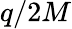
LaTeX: q/2M